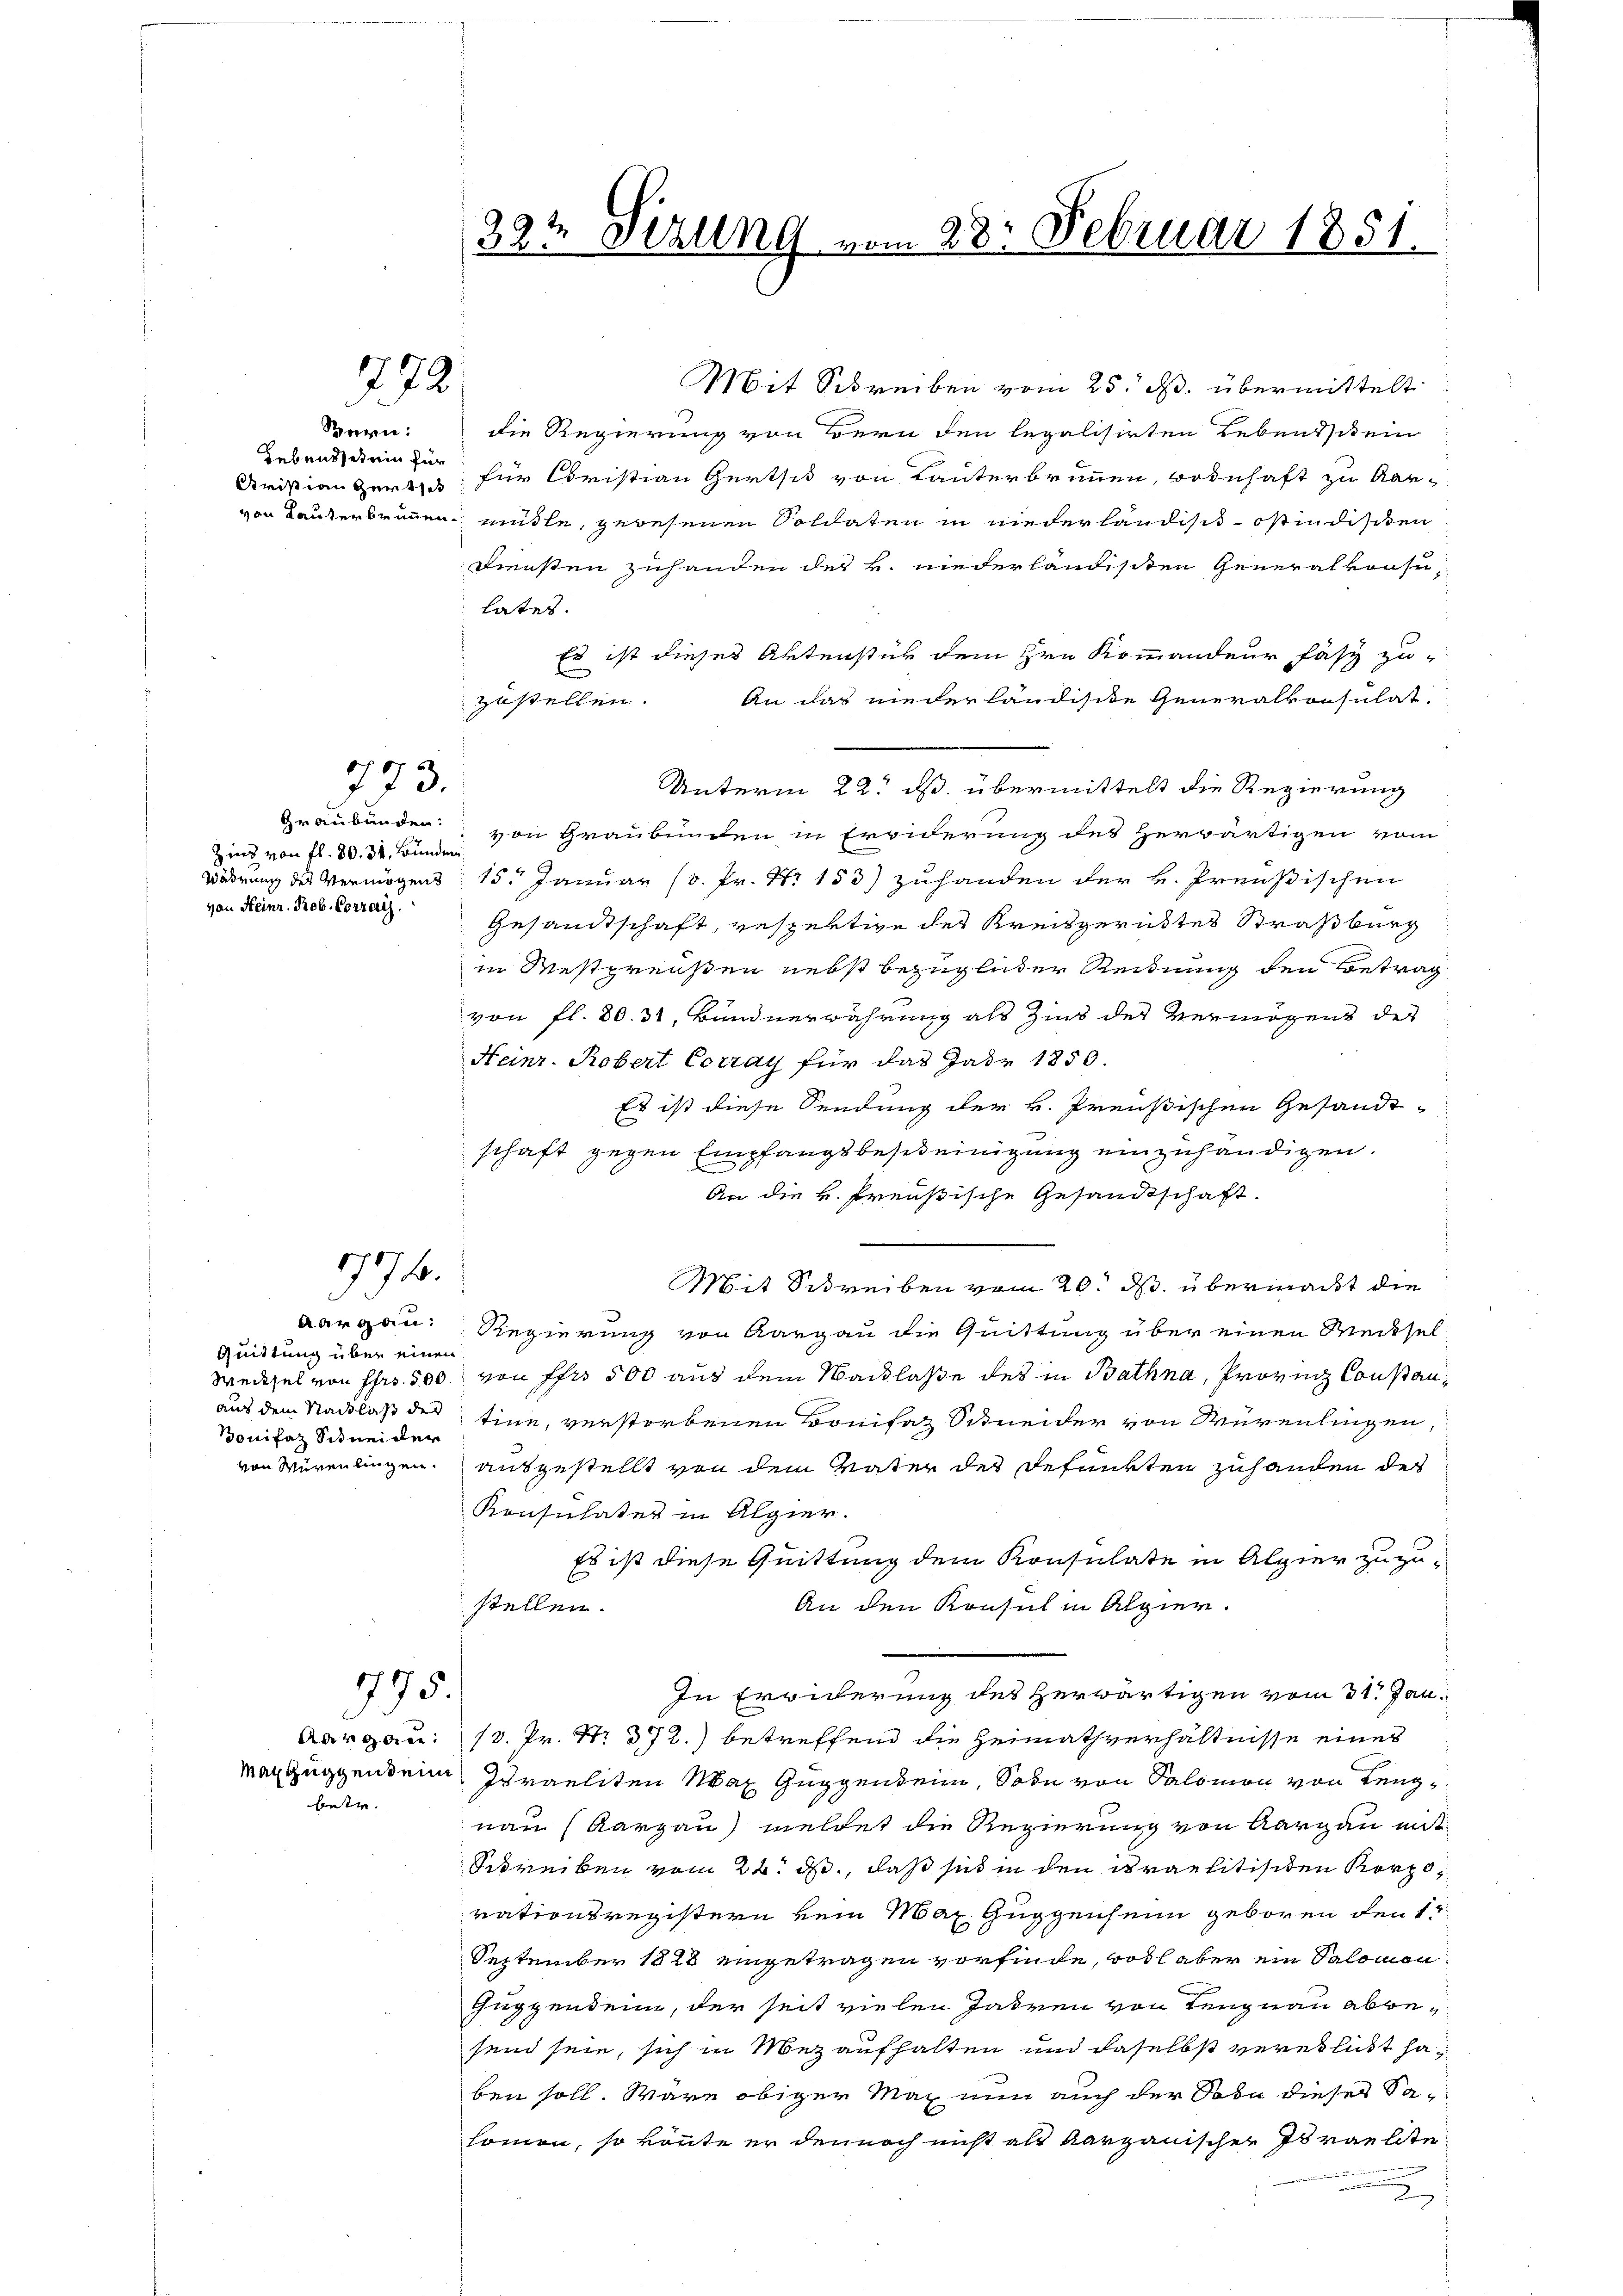
Bern:
Lebendet ein für

272

773.

Zins von fl. 80. 32. Bunden
von Heinr. Rob. Corrai

776.

Mit Schreiben vom 25. M. übermittelt
die Regierung von Bern den legalisirten Lebensstein
Fristian gerisch für Christian Gertsit von Lauterbrunnen, wohnhaft zu Aar-
von Lauterbrunnen müßte, gewesenen Soldaten in niederländisch-östindischen
Diensten zuhanden des B. niederländischen Generalkonsu-
lates.
Es ist dieses Aktenstück dem Hrn Kommandeur fasz zu-
E
An das niederländische Generalkonsulat.
zustellen.
Unterm 22. ds. übermittelt die Regierung
Graubünden von Graubünden in Erwiderung des Herwärtigen vom
Wörderung des Vermögens 15. Januar (v. Fr. No 153) zuhanden der v. Preußischen
Gesandtschaft, gespertige der Kreisgerichtes Straßburg
in Westpreisen nebst bezüglicher Rechnung den Betrag
von fl. 80. 32, Bündnerwährung als Zins der Vermögens des
Heinr. Robert Corray für das Jahr 1850.
Es ist diese Sendung der v. Preußischen Gesandt-
schaft gegen Empfangsbescheinigung einzuhändigen.
An die k. Preußische Gesandtschaft.
Mit Schreiben vom 20. ds. übermacht die
Aargau: Regierung von Aargau die Quittung über einen Wecksel
Wecksel von Fr. 500. von Fr. 500 aus dem Nacklasse des in Bathna, Provin Constanaus dem Nachlaß des Eine, verstorbenen Bonifaz Schneider von Würenlingen,
von Würenlingen. ausgestellt von dem Vater des Refunkten zuhanden des
Konsulates in Algier.
Es ist diese Quittung dem Konsulate in Alpier zuzustellen.
An den Konsul in Alpier.
In Erwiderung des Herwärtigen vom 31. Jan.
Aargau: 13. Pr. Nr. 372) betreffend die Heimathverhältnisse eines
Max Huggendein Israeliten Max Guggendein, Sohn von Salomon von Leugnau (Aargau) meldet die Regierung von Aargau mit
Schreiben vom 22. J., daß sich in den israelitisiten Korpovationsregistern kein Mai Guggenheim geboren den 1
September 1828 eingetragen vorfinde, wohl aber ein Salomon
Guggendein, der seit vielen Jahren von Lengnau abbesend sein, sich in Mez aufhalten und daselbst vereilicht haben soll. Wäre obiger Max nun auch der Soda dieses Sahomen, so könnte er dennoch nicht als Aargauischer Israelite

Quittung über einen
onifaz Schneider

775.

betr.

2
32. Sekung vom 28. Februar 1851.